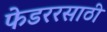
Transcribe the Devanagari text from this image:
फेडररसाठी